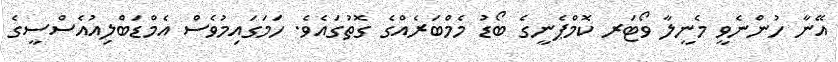
އޭނާ ހުންނެވީ މެނީލާ ވޯޓަރ ކޮމްޕެނީގެ ބޯޑު މެމްބަރެއްގެ ގޮތުގައެވެ. ހަމަގައިމުވެސް އެމްޑަބްލިއުއެސްސީގެ